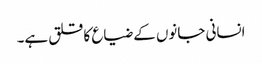
انسانی جانوں کے ضیاع کا قلق ہے۔